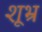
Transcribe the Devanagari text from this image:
शूभ्र